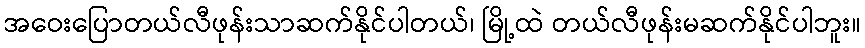
အဝေးပြောတယ်လီဖုန်းသာဆက်နိုင်ပါတယ်၊ မြို့ထဲ တယ်လီဖုန်းမဆက်နိုင်ပါဘူး။